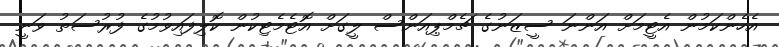
އެހެންކަމުން އެޓީމަށް އަންނަ ސީޒަނުގެ ޗެމްޕިއަންސް ލީގަށް އޮޓެމެޓިކުން ކޮލިފައިވުމުގެ ފުރުސަތު ވަނީ